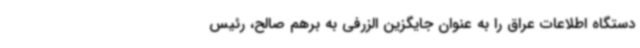
دستگاه اطلاعات عراق را به عنوان جایگزین الزرفی به برهم صالح، رئیس